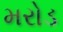
મરોડ